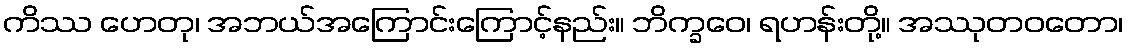
ကိဿ ဟေတု၊ အဘယ်အကြောင်းကြောင့်နည်း။ ဘိက္ခဝေ၊ ရဟန်းတို့။ အဿုတဝတော၊